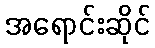
အရောင်းဆိုင်